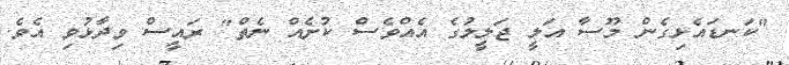
"ކަނޑައެޅިގެން މޫސާ އަލީ ޖަލީލުގެ އެއްވެސް ކުށެއް ނެތް" ރައީސް ވިދާޅުވި އެވެ.